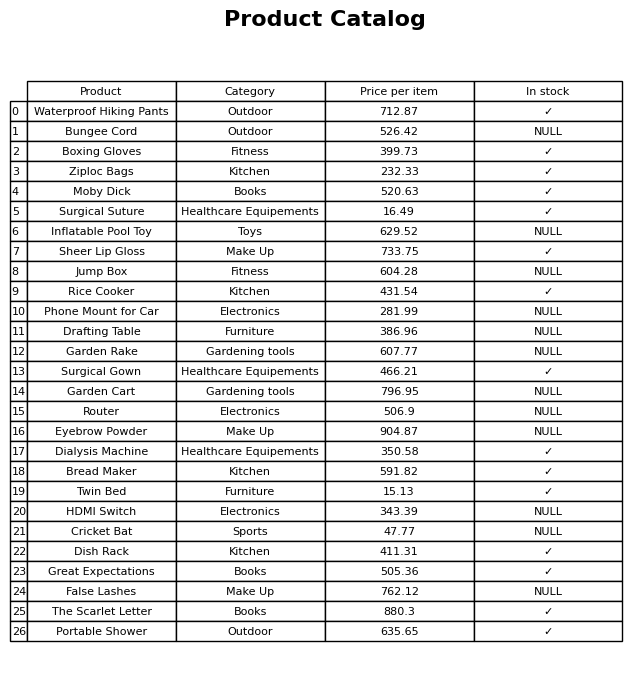
question: What is the price for Router?
answer: The price of Router is 506.9.